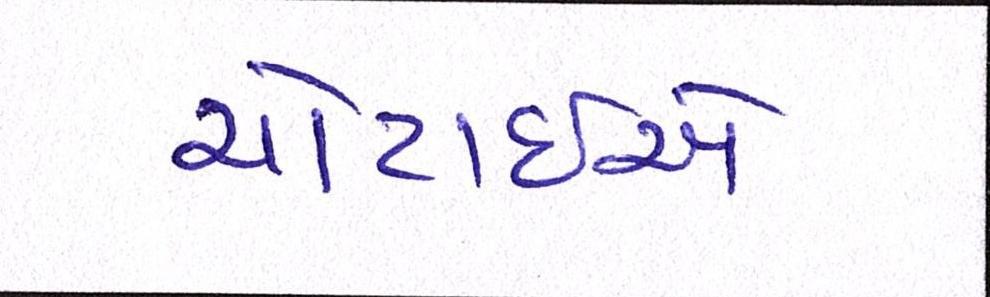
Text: ચોટાઇએ